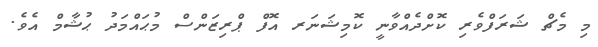
މި މެޗް ޝަރަފްވެރި ކޮށްދެއްވާނީ ކޮމިޝަނަރ އޮފް ޕްރިޒަންސް މުޙައްމަދު ޙުޝާމް އެވެ.